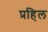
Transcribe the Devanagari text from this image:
प्रहिल